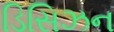
ડિસિઝન